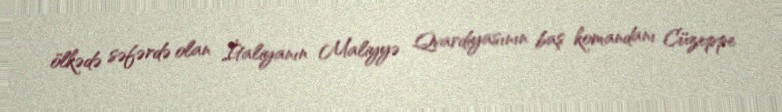
ölkədə səfərdə olan İtaliyanın Maliyyə Qvardiyasının baş komandanı Cüzeppe